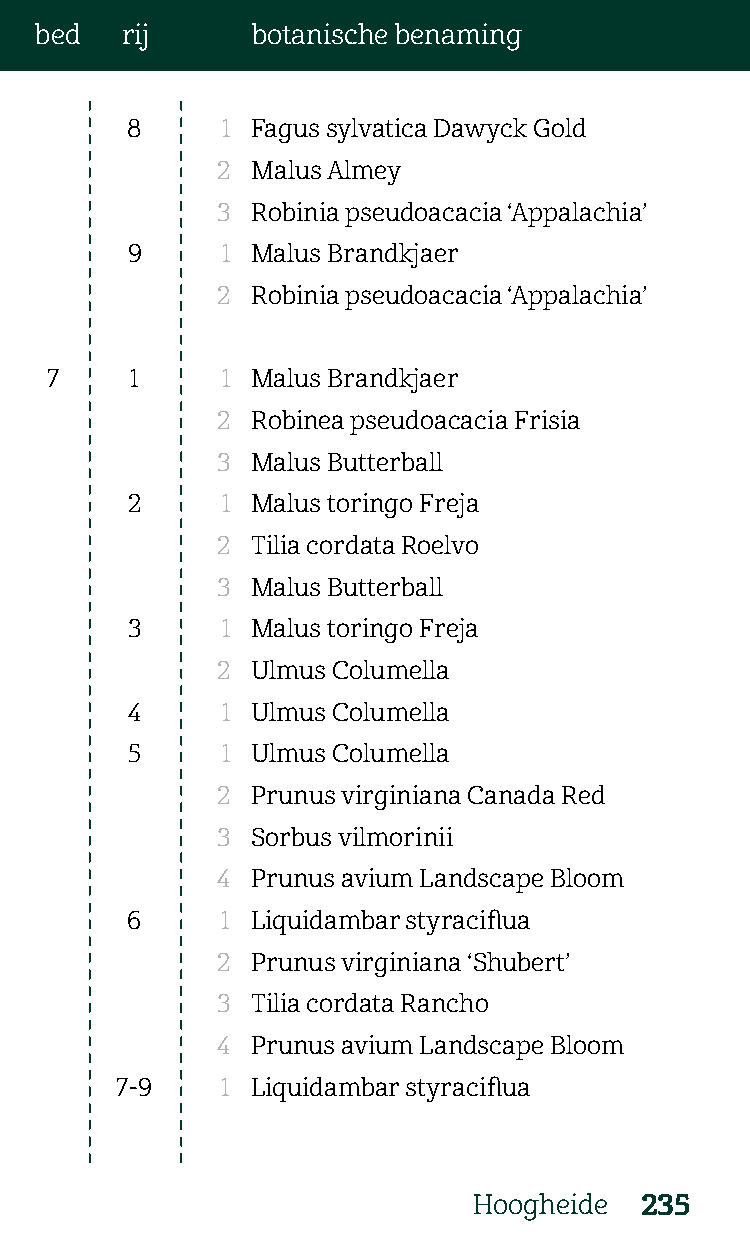
bed   rij      botanische benaming
 8      1 Fagus sylvatica Dawyck Gold
 2  Malus Almey
 3  Robinia pseudoacacia ‘Appalachia’
 9      1 Malus Brandkjaer
 2  Robinia pseudoacacia ‘Appalachia’
 7     1     1 Malus Brandkjaer
 2  Robinea pseudoacacia Frisia
 3  Malus Butterball
 2      1 Malus toringo Freja
 2  Tilia cordata Roelvo
 3  Malus Butterball
 3      1 Malus toringo Freja
 2  Ulmus Columella
 4      1 Ulmus Columella
 5      1 Ulmus Columella
 2  Prunus virginiana Canada Red
 3  Sorbus vilmorinii
 4  Prunus avium Landscape Bloom
 6      1 Liquidambar styraciflua
 2  Prunus virginiana ‘Shubert’
 3  Tilia cordata Rancho
 4  Prunus avium Landscape Bloom
 7-9    1 Liquidambar styraciflua
 Hoogheide  235